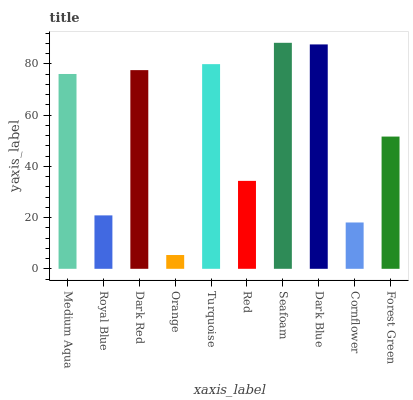
| xaxis_label | bars |
 | --- | --- |
 | Medium Aqua | 76.1 |
 | Royal Blue | 20.9 |
 | Dark Red | 77.6 |
 | Orange | 5.39 |
 | Turquoise | 79.9 |
 | Red | 34.3 |
 | Seafoam | 88.3 |
 | Dark Blue | 87.6 |
 | Cornflower | 18.1 |
 | Forest Green | 51.6 |